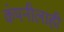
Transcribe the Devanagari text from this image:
कंपनीलाही